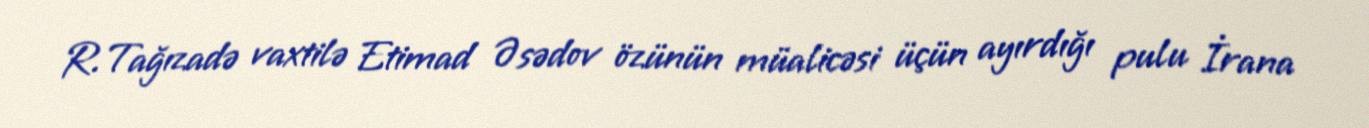
R.Tağızadə vaxtilə Etimad Əsədov özünün müalicəsi üçün ayırdığı pulu İrana